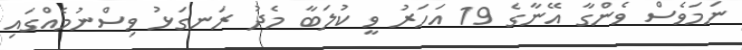
ނަމަވެސް ވެންގާ އޭނާގެ 19 އަހަރު ވީ ކުލަބާ މެދު ރަނގަޅު ވިސްނުމެއްގައި